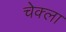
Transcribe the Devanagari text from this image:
चेक्ला